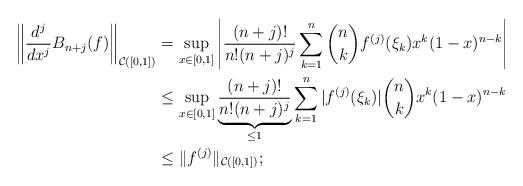
LaTeX: \begin{align*}\left\| \frac{d^j}{dx^j} B_{n+j}(f) \right\|_{\mathcal C([0, 1])} & = \sup_{x \in [0, 1]} \left| \frac{(n+j)!}{n!(n+j)^j} \sum_{k=1}^n \binom{n}{k} f^{(j)}(\xi_k) x^k (1 - x)^{n-k} \right| \\& \le \sup_{x \in [0, 1]} \underbrace{\frac{(n+j)!}{n!(n+j)^j}}_{\le 1} \sum_{k=1}^n |f^{(j)}(\xi_k)| \binom{n}{k} x^k (1 - x)^{n-k} \\& \le \|f^{(j)}\|_{\mathcal C([0, 1])};\end{align*}